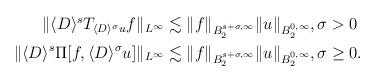
LaTeX: \begin{align*}\begin{aligned}\|\langle D\rangle^sT_{\langle D\rangle^\sigma u}f\|_{L^\infty} &\lesssim \|f\|_{B^{s+\sigma,\infty}_2}\|u\|_{B^{0,\infty}_2},\sigma>0\\\|\langle D\rangle^s\Pi[f,\langle D\rangle^\sigma u]\|_{L^\infty} &\lesssim \|f\|_{B^{s+\sigma,\infty}_2}\|u\|_{B^{0,\infty}_2},\sigma\geq0.\end{aligned}\end{align*}